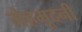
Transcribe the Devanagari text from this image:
मेहमूदनी